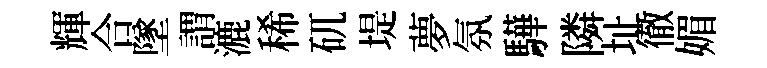
輝合墜謂漉稀矹堤夢氛驊隣址徹媚